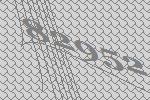
82952